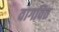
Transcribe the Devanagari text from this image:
वागवित